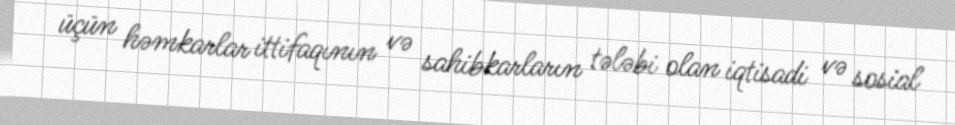
üçün həmkarlar ittifaqının və sahibkarların tələbi olan iqtisadi və sosial